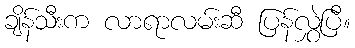
ချိန်သီးက လာရာလမ်းဆီ ပြန်လွှဲပြီ။